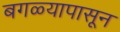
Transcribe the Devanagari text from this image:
बगळ्यापासून